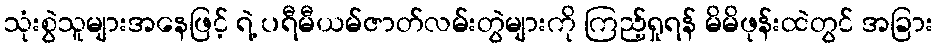
သုံးစွဲသူများအနေဖြင့် ရဲ့ ပရီမီယမ်ဇာတ်လမ်းတွဲများကို ကြည့်ရှုရန် မိမိဖုန်းထဲတွင် အခြား